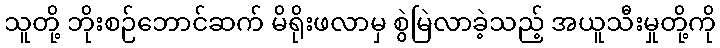
သူတို့ ဘိုးစဉ်ဘောင်ဆက် မိရိုးဖလာမှ စွဲမြဲလာခဲ့သည့် အယူသီးမှုတို့ကို